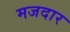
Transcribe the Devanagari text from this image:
मजदार